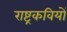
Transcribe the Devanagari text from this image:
राष्ट्रकवियों